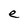
Character: e